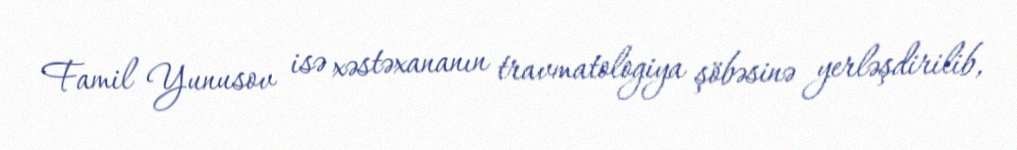
Famil Yunusov isə xəstəxananın travmatologiya şöbəsinə yerləşdirilib,